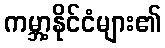
ကမ္ဘာ့နိုင်ငံများ၏